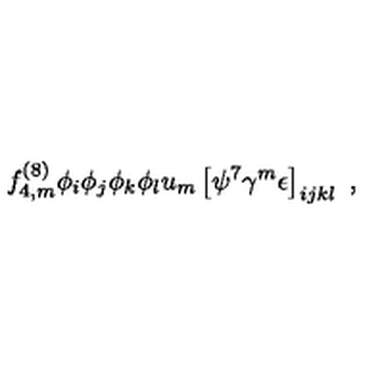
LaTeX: f _ { 4 , m } ^ { ( 8 ) } \phi _ { i } \phi _ { j } \phi _ { k } \phi _ { l } u _ { m } \left[ \psi ^ { 7 } \gamma ^ { m } \epsilon \right] _ { i j k l } \ ,